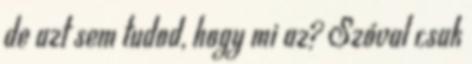
de azt sem tudod, hogy mi az? Szóval csak